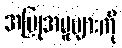
အပြုအမူများကို